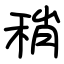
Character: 稍